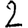
Digit: 2